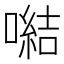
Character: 𪢍